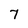
Character: 7